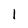
Character: 1